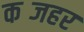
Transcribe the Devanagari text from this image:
कब्जहर